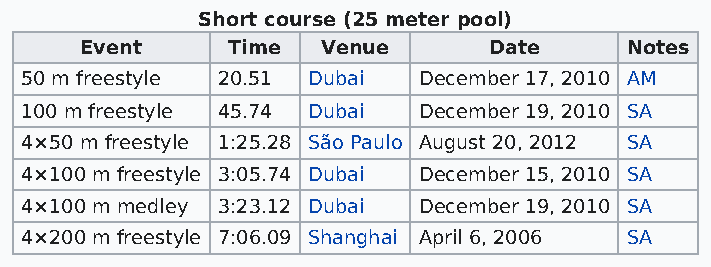
Short course (25 meter pool)
 Event     Time  Venue      Date     Notes
 50 m freestyle 20.51 Dubai December 17, 2010 AM
 100 m freestyle 45.74 Dubai December 19, 2010 SA
 4×50 m freestyle 1:25.28 São Paulo August 20, 2012 SA
 4×100 m freestyle 3:05.74 Dubai December 15, 2010 SA
 4×100 m medley 3:23.12 Dubai December 19, 2010 SA
 4×200 m freestyle 7:06.09 Shanghai April 6, 2006 SA